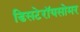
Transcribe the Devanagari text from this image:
डिसटेरॉयसोमर